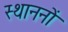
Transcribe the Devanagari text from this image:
स्थाननों